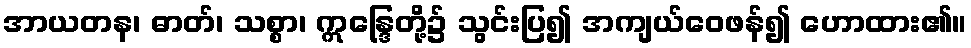
အာယတန၊ ဓာတ်၊ သစ္စာ၊ ဣန္ဒြေတို့၌ သွင်းပြ၍ အကျယ်ဝေဖန်၍ ဟောထား၏။